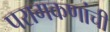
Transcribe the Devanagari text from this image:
परागकणांची